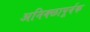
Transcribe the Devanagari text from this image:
अनिक्छापूर्वक